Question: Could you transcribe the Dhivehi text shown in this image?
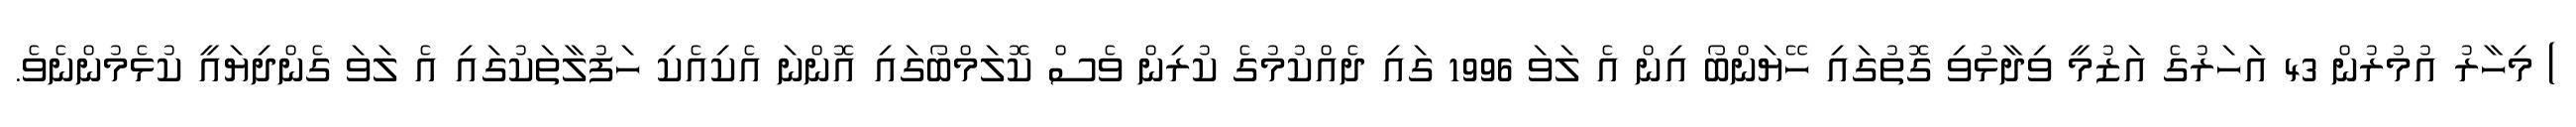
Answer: ) މިހާރު އުމުރުން 43 އަހަރުގެ އަޒުމީ ވިދާޅުވި ގޮތުގައި ހޭޔަންބޯ އިން އެ ލަވަ 1996 ގައި ދެއްކުމުގެ ކުރިން ވެސް ކޮލަމްބޯގައި އޮންނަ އެކިއެކި ހަފުލާތަކުގައި އެ ލަވަ ގެންދިޔައީ ކުޅެމުންނެވެ.